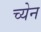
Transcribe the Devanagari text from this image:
च्येन